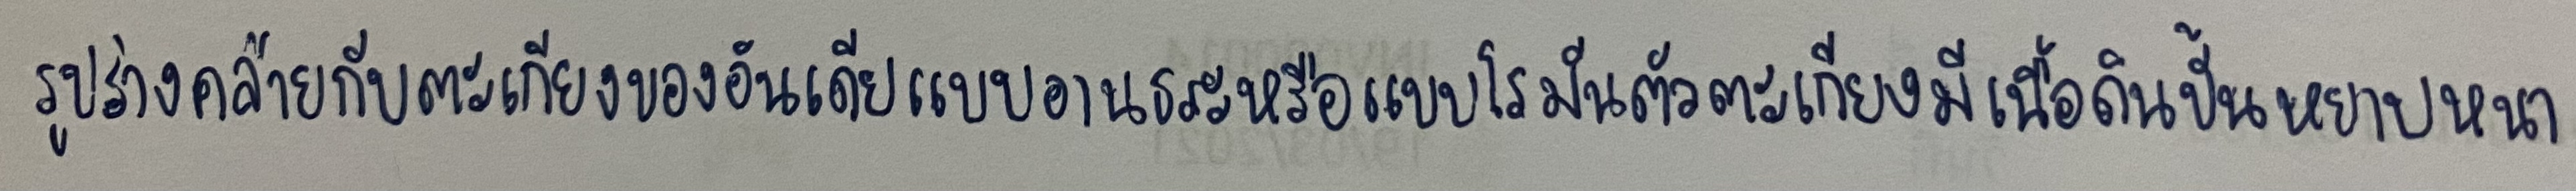
รูปร่างคล้ายกับตะเกียงของอินเดียแบบอานธระหรือแบบโรมันตัวตะเกียงมีเนื้อดินปั้นหยาบหนา